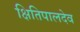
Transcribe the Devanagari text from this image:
क्षितिपालदेव